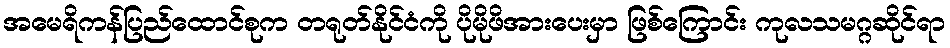
အမေရိကန်ပြည်ထောင်စုက တရုတ်နိုင်ငံကို ပိုမိုဖိအားပေးမှာ ဖြစ်ကြောင်း ကုလသမဂ္ဂဆိုင်ရာ